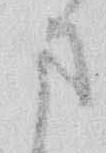
さ